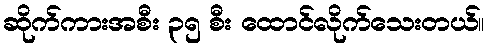
ဆိုက်ကားအစီး ၃၅ စီး ထောင်လိုက်သေးတယ်။